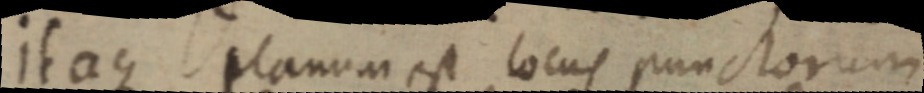
itaque planum est locus punctorum